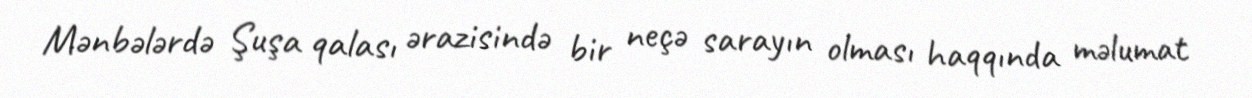
Mənbələrdə Şuşa qalası ərazisində bir neçə sarayın olması haqqında məlumat